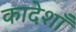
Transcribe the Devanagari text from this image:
कादेशाँ